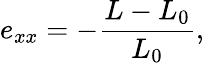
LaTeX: e_{xx}=-\frac{L-L_{0}}{L_{0}},